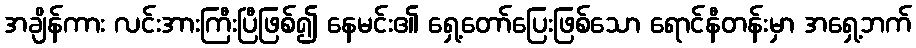
အချိန်ကား လင်းအားကြီးပြီဖြစ်၍ နေမင်း၏ ရှေ့တော်ပြေးဖြစ်သော ရောင်နီတန်းမှာ အရှေ့ဘက်